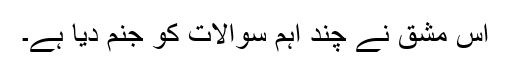
اس مشق نے چند اہم سوالات کو جنم دیا ہے۔